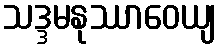
သဒ္ဒမနုဿာဝေယျ